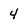
Character: 4